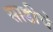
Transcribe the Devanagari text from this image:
साडीचे